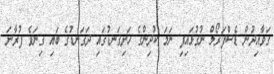
ގަވާއިދުން ޑެސްފަރޯލް ނުގުޅައިފި ނަމަ ކުދިންގެ ހަށިގަނޑުގައި ދަގަނޑުގެ ބައި ގިނަވެ ފުރާނަ